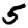
Digit: 5